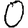
Digit: 0